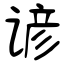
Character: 谚